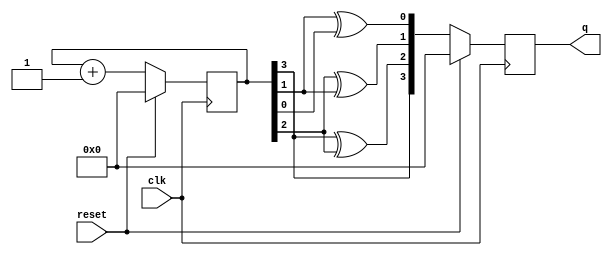
module gray_counter(
				output reg[3:0]q,
				input clk,reset);
reg [3:0]Q;
always @(posedge clk)
begin
	if(reset)
	begin
		Q<=0;
		q<=0;
	end
	else
	begin
		Q<=Q+1;
		q<={Q[3],(Q[3]^Q[2]),(Q[2]^Q[1]),(Q[1]^Q[0])};
	end
end
endmodule